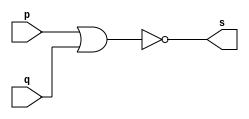
// Exercicio 2 - NOR 
// Nome:  Thaise Souto Martins

// ------------------------- 
// -- nor gate 
// ------------------------- 
module norgate (output s, input p, input q);  
	assign s = ~(p | q); 
endmodule 

// ------------------------- 
// -- test nor gate 
// ------------------------- 
module testnorgate; 
	reg a,b; 	 
	wire s; 
	norgate NOR1 (s, a, b); 
	
	initial begin:start 
		a=0;b=0; // valor inicial 
	end 

	initial begin:main 
		$display("Exercicio 2 - Thaise Souto Martins - 395504"); 
		$display("Test NOR Gate:"); 
		$display("\n ~(a | b) = s\n");
		$monitor("%b ~| %b = %b", a,b,s);
		#1 a=0; b=0; 
		#1 a=0; b=1;
		#1 a=1; b=0;  
		#1 a=1; b=1; 
	end 
endmodule